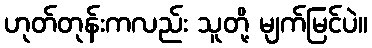
ဟုတ်တုန်းကလည်း သူတို့ မျက်မြင်ပဲ။